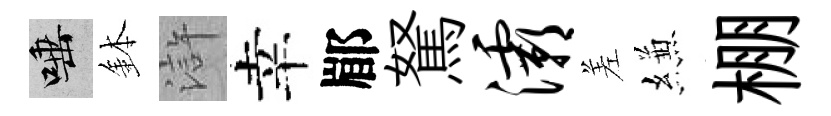
唾鉢滸幸郿駑灞差縑棚